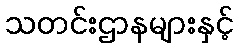
သတင်းဌာနများနှင့်